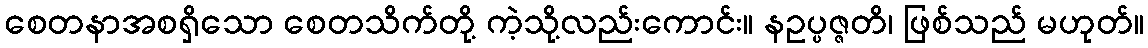
စေတနာအစရှိသော စေတသိက်တို့ ကဲ့သို့လည်းကောင်း။ နဥပ္ပဇ္ဇတိ၊ ဖြစ်သည် မဟုတ်။